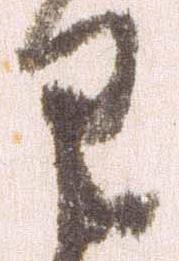
わ